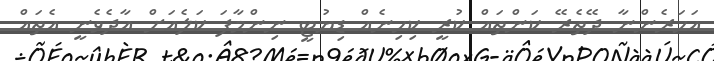
އަހަރެންނާ ދޭތެރޭ ކަންތައް ކުރީ ކިހިނެއް ޑިޔުޓީ ނިންމާފަ ކަލެއަށް އާދެވެނީ އެތައް